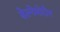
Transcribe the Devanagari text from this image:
डेल्गेमोरोन